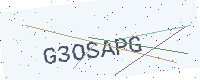
Text: G3OSAPG